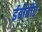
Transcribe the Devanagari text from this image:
ईबीबीए